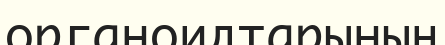
органоидтарының